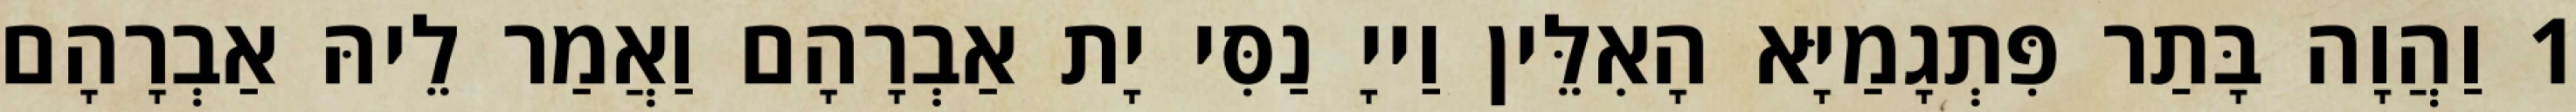
1 וַהֲוָה בָּתַר פִּתְגָמַיָּא הָאִלֵּין וַייָ נַסִּי יָת אַבְרָהָם וַאֲמַר לֵיהּ אַבְרָהָם